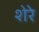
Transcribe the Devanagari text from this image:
शेरेे